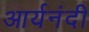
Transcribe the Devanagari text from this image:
आर्यनंदी